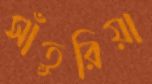
সাঁতুরিয়া